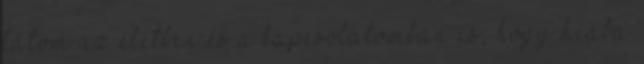
látom az életben és a kapcsolatomban is, hogy hiába